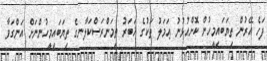
ފަހެ އޭރުން ތިޔަބައިމީހުން ކޮށްއުޅުނު ޢަމަލު ތަކުގެ ޚަބަރު ތިމަންރަސްކަލާނގެ ތިޔަބައިމީހުންނަށް އަންގަވާ